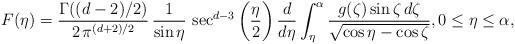
LaTeX: \begin{align*}F(\eta) = \frac { \Gamma((d-2)/2)} {2\, \pi^{(d+2)/2}} \, \frac {1} {\sin \eta} \,\sec^{d-3}\bigg(\frac{\eta}{2}\bigg) \, \frac {d} {d\eta} \int_\eta^\alpha \frac {g(\zeta) \sin \zeta \, d\zeta} {\sqrt{\cos \eta - \cos \zeta}}, 0 \leq \eta \leq \alpha,\end{align*}